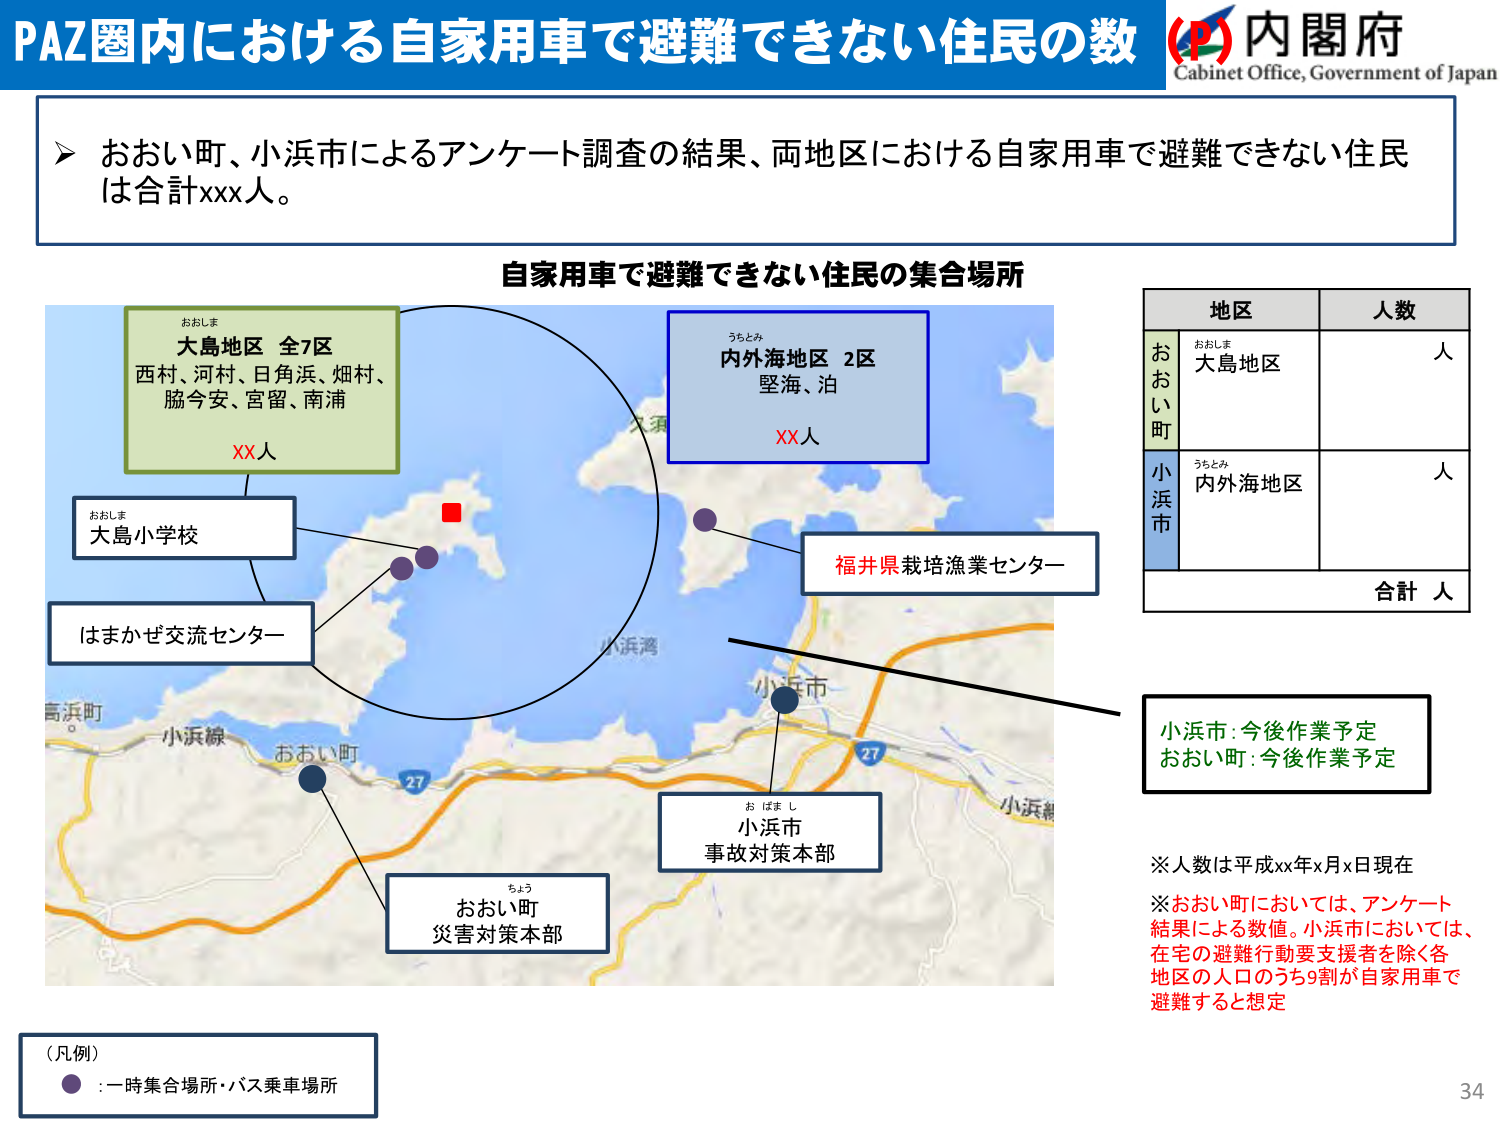
PAZ圏内における自家用車で避難できない住民の数 (P) 内閣府
Cabinet Office, Government of Japan

➤ おおい町、小浜市によるアンケート調査の結果、両地区における自家用車で避難できない住民は合計xxx人。

自家用車で避難できない住民の集合場所

おおしま
大島地区 全7区
西村、河村、日角浜、畑村、
脇今安、宮留、南浦
XX人

うちとみ
内外海地区 2区
堅海、泊
XX人

おおしま
大島小学校

はまかぜ交流センター

福井県栽培漁業センター

お ばま し
小浜市
事故対策本部

ちょう
おおい町
災害対策本部

地区 人数
おおい町
おおしま
大島地区
人
小浜市
うちとみ
内外海地区
人
合計 人

小浜市：今後作業予定
おおい町：今後作業予定

※人数は平成xx年x月x日現在
※おおい町においては、アンケート結果による数値。小浜市においては、在宅の避難行動要支援者を除く各地区の人口のうち9割が自家用車で避難すると想定

（凡例）
● ：一時集合場所・バス乗車場所

34